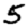
Digit: 5